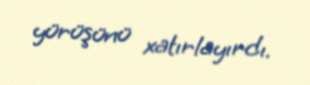
yürüşünü xatırlayırdı.